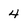
Character: 4